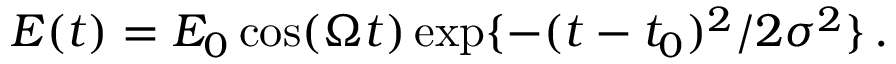
E ( t ) = E _ { 0 } \cos ( \Omega t ) \exp \{ - ( t - t _ { 0 } ) ^ { 2 } / 2 \sigma ^ { 2 } \} \, .